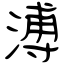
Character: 溥